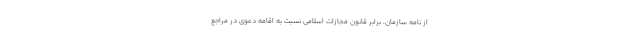
از نامه سازمان، برابر قانون مجازات اسلامی نسبت به اقامه دعوی در مراجع